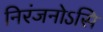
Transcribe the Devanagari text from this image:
निरंजनोऽसि